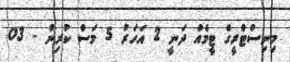
މިނިސްޓްރީގެ ޓީމެއް ދަނީ 2 އަހަރު 5 މަސް ކުރިން - 03